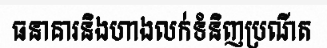
ធនាគារនិងហាងលក់ទំនិញប្រណីត